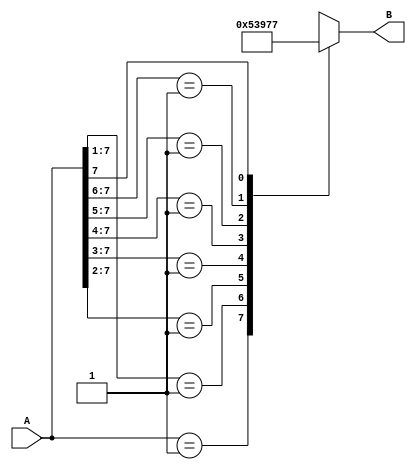
module priority_encoder_8bit(A,B);
input[7:0] A;
output reg[2:0] B;
always @(*)
begin
casex (A)
    8'b00000001:B=3'b000;
    8'b0000001x:B=3'b001;
    8'b000001xx:B=3'b010;
    8'b00001xxx:B=3'b011;
    8'b0001xxxx:B=3'b100;
    8'b001xxxxx:B=3'b101;
    8'b01xxxxxx:B=3'b110;
    8'b1xxxxxxx:B=3'b111;
    default:B=3'bxxx;
endcase
end
endmodule